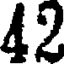
42